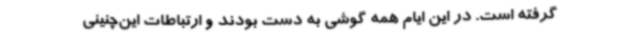
گرفته است. در این ایام همه گوشی به دست بودند و ارتباطات این‌چنینی